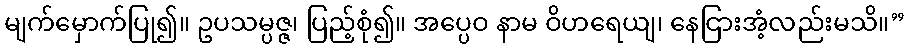
မျက်မှောက်ပြု၍။ ဥပသမ္ပဇ္ဇ၊ ပြည့်စုံ၍။ အပ္ပေဝ နာမ ဝိဟရေယျ၊ နေငြားအံ့လည်းမသိ။”